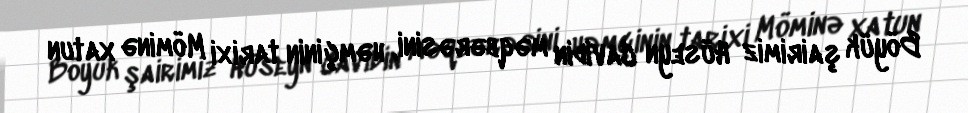
Böyük şairimiz Hüseyn Cavidin məqbərəsini, həmçinin tarixi Möminə xatun